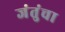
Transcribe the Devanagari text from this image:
जंतुंचा